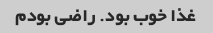
غذا خوب بود. راضی بودم